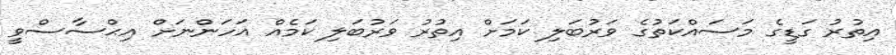
އިތުރު ގަޑީގެ މަސައްކަތުގެ ވަރުބަލި ކަމަށް އިތުރު ވަރުބަލި ކަމެއް އަހަންނަށް އިޙްސާސްވީ